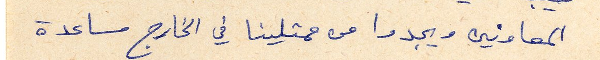
المعاونين ويجدوا من ممثلينا في الخارج مساعدة